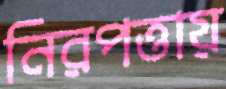
নিরপত্তায়